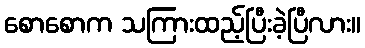
စောစောက သကြားထည့်ပြီးခဲ့ပြီလား။